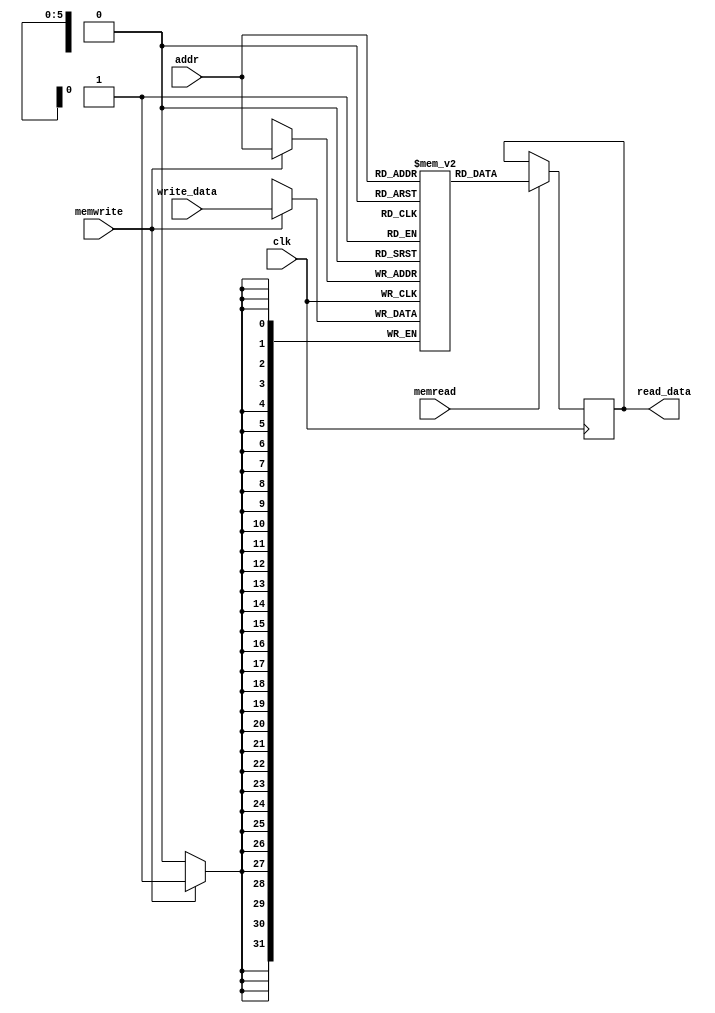
module DataMemory (
output reg [31:0] read_data, // Memory Address Contents to be read
input wire [5:0] addr, // Memory Address
input wire [31:0] write_data, // Memory Address Contents to be written
input wire memread, //enable signals
input wire memwrite,
input wire clk
);
reg [31:0] MEMO[0:63]; // 64 registers of 32-bit memory
always @(negedge clk) begin //writing at the negative edge of clock
if (memwrite == 1'b1) begin //checking if enable signal is high or not.
MEMO[addr] <= write_data; //saving the data on write bus in the memory
end
end
always @(posedge clk) begin //reading only at the positive edge of clock
if (memread == 1'b1) begin //checking the enable signal.
read_data <= MEMO[addr];
end
end
endmodule